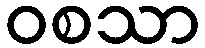
ဝစသာ